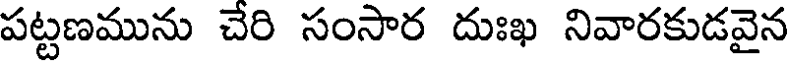
పట్టణమును చేరి సంసార దుఃఖ నివారకుడవైన